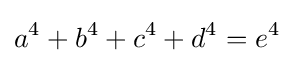
a^{4}+b^{4}+c^{4}+d^{4}=e^{4}